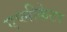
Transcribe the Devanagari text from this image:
एप्लीकेटर